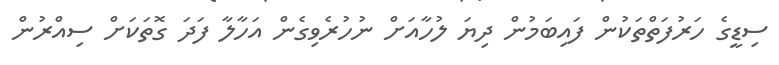
ސިޑީގެ ހަރުފަތްތަކުން ފައިބަމުން ދިޔަ ލުހާއަށް ނުހުރެވިގެން އަހާލާ ފަދަ ގޮތަކަށް ސިއްރުން